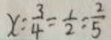
x : \frac { 3 } { 4 } = \frac { 1 } { 2 } : \frac { 2 } { 5 }